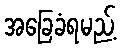
အခြေခံရမည့်